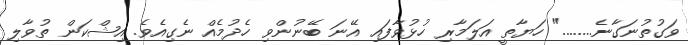
ވަގުތުނަގާނެ........" ހަޔާތީ އަލަމާރި ހުޅުވާފައި އޭނަ ބޭނުންވި ހެދުމެއް ނެގިއެވެ. އިޝްކަން ތުވާލި